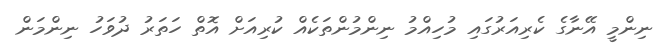
ނިންމީ އޭނާގެ ކެރިއަރުގައި މުހިއްމު ނިންމުންތަކެއް ކުރިއަށް އޮތް ހަތަރު ދުވަހު ނިންމަން